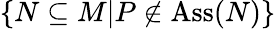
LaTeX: \{ N\subseteq M|P\not\in\operatorname{Ass}(N)\}